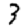
Digit: 3